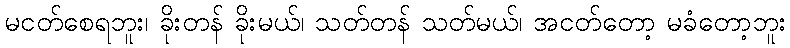
မငတ်စေရဘူး၊ ခိုးတန် ခိုးမယ်၊ သတ်တန် သတ်မယ်၊ အငတ်တော့ မခံတော့ဘူး